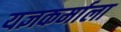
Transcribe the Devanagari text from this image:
यज्ञकर्माला